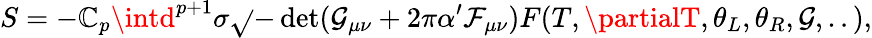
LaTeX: S=-\mathbb{C}_{p}\intd^{p+1}\sigma\sqrt{}{{-\operatorname*{det}(\mathcal{{G}}_{\mu\nu}+2\pi\alpha^{\prime}\mathcal{{F}}_{\mu\nu})}}F(T,\partialT,\theta_{L},\theta_{R},\mathcal{{G}},..),